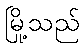
မြို့သည်